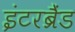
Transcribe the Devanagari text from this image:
इंटरब्रैंड